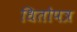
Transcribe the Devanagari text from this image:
धितोपत्र